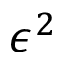
\epsilon ^ { 2 }